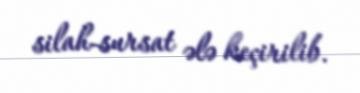
silah-sursat ələ keçirilib.